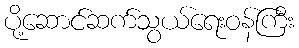
ပို့ဆောင်ဆက်သွယ်ရေးဝန်ကြီး